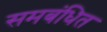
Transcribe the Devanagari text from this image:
समबंधित